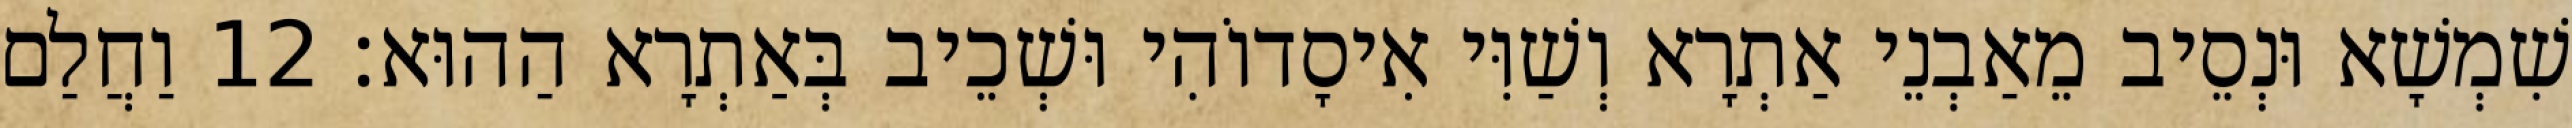
שִׁמְשָׁא וּנְסֵיב מֵאַבְנֵי אַתְרָא וְשַׁוִּי אִיסָדוֹהִי וּשְׁכֵיב בְּאַתְרָא הַהוּא׃ 12 וַחֲלַם